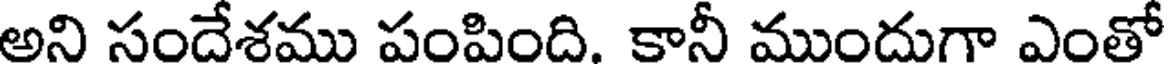
అని సందేశము పంపింది. కానీ ముందుగా ఎంతో